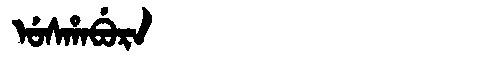
Manchu: ᡠᠰᡥᠠᠪᡠᡵᠠ
Romanization: USHABURA